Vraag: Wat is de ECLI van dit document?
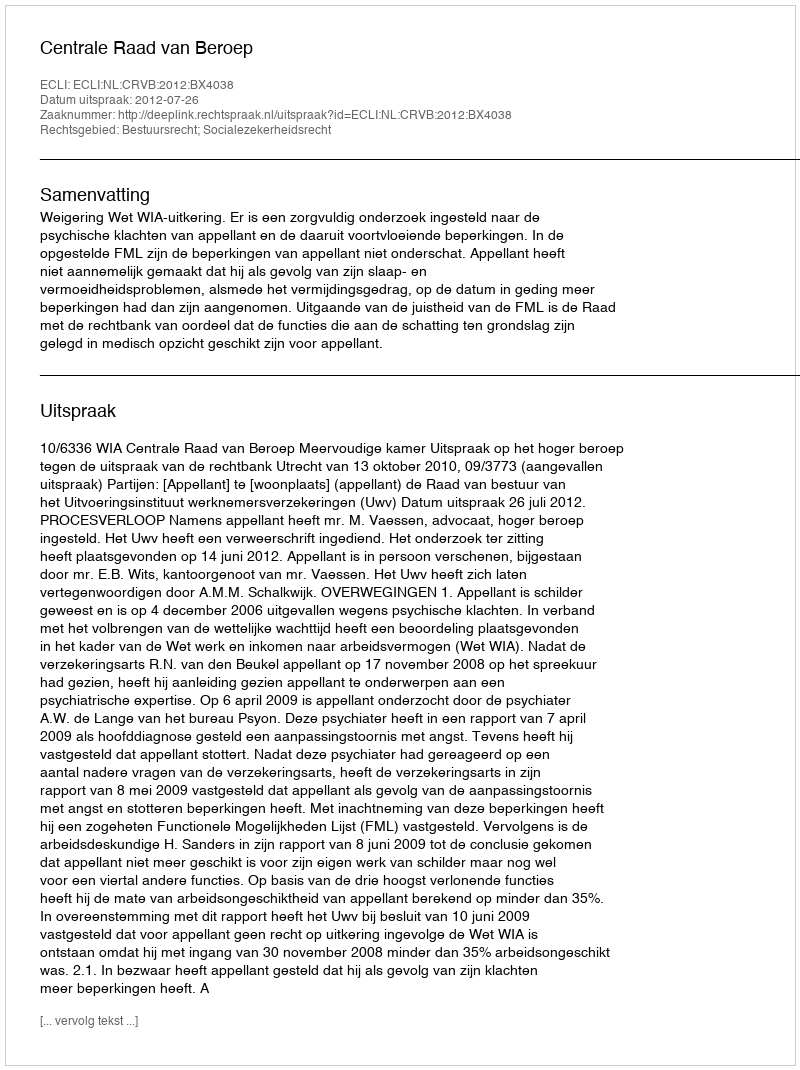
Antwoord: ECLI:NL:CRVB:2012:BX4038